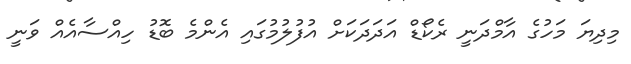
މިދިޔަ މަހުގެ އާމްދަނީ ރެކޯޑް އަދަދަކަށް އުފުލުމުގައި އެންމެ ބޮޑު ހިއްސާއެއް ވަނީ